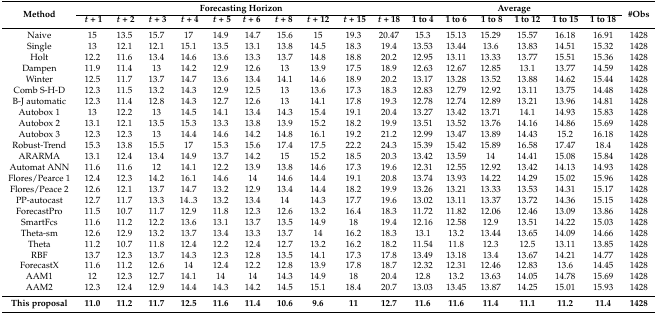
<table><thead><tr><td rowspan="2"><b>Method</b></td><td colspan="10"><b>Forecasting Horizon</b></td><td colspan="6"><b>Average</b></td><td rowspan="2"><b>#Obs</b></td></tr><tr><td><b><i>t</i> + 1</b></td><td><b><i>t</i> + 2</b></td><td><b><i>t</i> + 3</b></td><td><b><i>t</i> + 4</b></td><td><b><i>t</i> + 5</b></td><td><b><i>t</i> + 6</b></td><td><b><i>t</i> + 8</b></td><td><b><i>t</i> + 12</b></td><td><b><i>t</i> + 15</b></td><td><b><i>t</i> + 18</b></td><td><b>1 to 4</b></td><td><b>1 to 6</b></td><td><b>1 to 8</b></td><td><b>1 to 12</b></td><td><b>1 to 15</b></td><td><b>1 to 18</b></td></tr></thead><tbody><tr><td>Naive</td><td>15</td><td>13.5</td><td>15.7</td><td>17</td><td>14.9</td><td>14.7</td><td>15.6</td><td>15</td><td>19.3</td><td>20.47</td><td>15.3</td><td>15.13</td><td>15.29</td><td>15.57</td><td>16.18</td><td>16.91</td><td>1428</td></tr><tr><td>Single</td><td>13</td><td>12.1</td><td>12.1</td><td>15.1</td><td>13.5</td><td>13.1</td><td>13.8</td><td>14.5</td><td>18.3</td><td>19.4</td><td>13.53</td><td>13.44</td><td>13.6</td><td>13.83</td><td>14.51</td><td>15.32</td><td>1428</td></tr><tr><td>Holt</td><td>12.2</td><td>11.6</td><td>13.4</td><td>14.6</td><td>13.6</td><td>13.3</td><td>13.7</td><td>14.8</td><td>18.8</td><td>20.2</td><td>12.95</td><td>13.11</td><td>13.33</td><td>13.77</td><td>15.51</td><td>15.36</td><td>1428</td></tr><tr><td>Dampen</td><td>11.9</td><td>11.4</td><td>13</td><td>14.2</td><td>12.9</td><td>12.6</td><td>13</td><td>13.9</td><td>17.5</td><td>18.9</td><td>12.63</td><td>12.67</td><td>12.85</td><td>13.1</td><td>13.77</td><td>14.59</td><td>1428</td></tr><tr><td>Winter</td><td>12.5</td><td>11.7</td><td>13.7</td><td>14.7</td><td>13.6</td><td>13.4</td><td>14.1</td><td>14.6</td><td>18.9</td><td>20.2</td><td>13.17</td><td>13.28</td><td>13.52</td><td>13.88</td><td>14.62</td><td>15.44</td><td>1428</td></tr><tr><td>Comb S-H-D</td><td>12.3</td><td>11.5</td><td>13.2</td><td>14.3</td><td>12.9</td><td>12.5</td><td>13</td><td>13.6</td><td>17.3</td><td>18.3</td><td>12.83</td><td>12.79</td><td>12.92</td><td>13.11</td><td>13.75</td><td>14.48</td><td>1428</td></tr><tr><td>B-J automatic</td><td>12.3</td><td>11.4</td><td>12.8</td><td>14.3</td><td>12.7</td><td>12.6</td><td>13</td><td>14.1</td><td>17.8</td><td>19.3</td><td>12.78</td><td>12.74</td><td>12.89</td><td>13.21</td><td>13.96</td><td>14.81</td><td>1428</td></tr><tr><td>Autobox 1</td><td>13</td><td>12.2</td><td>13</td><td>14.5</td><td>14.1</td><td>13.4</td><td>14.3</td><td>15.4</td><td>19.1</td><td>20.4</td><td>13.27</td><td>13.42</td><td>13.71</td><td>14.1</td><td>14.93</td><td>15.83</td><td>1428</td></tr><tr><td>Autobox 2</td><td>13.1</td><td>12.1</td><td>13.5</td><td>15.3</td><td>13.3</td><td>13.8</td><td>13.9</td><td>15.2</td><td>18.2</td><td>19.9</td><td>13.51</td><td>13.52</td><td>13.76</td><td>14.16</td><td>14.86</td><td>15.69</td><td>1428</td></tr><tr><td>Autobox 3</td><td>12.3</td><td>12.3</td><td>13</td><td>14.4</td><td>14.6</td><td>14.2</td><td>14.8</td><td>16.1</td><td>19.2</td><td>21.2</td><td>12.99</td><td>13.47</td><td>13.89</td><td>14.43</td><td>15.2</td><td>16.18</td><td>1428</td></tr><tr><td>Robust-Trend</td><td>15.3</td><td>13.8</td><td>15.5</td><td>17</td><td>15.3</td><td>15.6</td><td>17.4</td><td>17.5</td><td>22.2</td><td>24.3</td><td>15.39</td><td>15.42</td><td>15.89</td><td>16.58</td><td>17.47</td><td>18.4</td><td>1428</td></tr><tr><td>ARARMA</td><td>13.1</td><td>12.4</td><td>13.4</td><td>14.9</td><td>13.7</td><td>14.2</td><td>15</td><td>15.2</td><td>18.5</td><td>20.3</td><td>13.42</td><td>13.59</td><td>14</td><td>14.41</td><td>15.08</td><td>15.84</td><td>1428</td></tr><tr><td>Automat ANN</td><td>11.6</td><td>11.6</td><td>12</td><td>14.1</td><td>12.2</td><td>13.9</td><td>13.8</td><td>14.6</td><td>17.3</td><td>19.6</td><td>12.31</td><td>12.55</td><td>12.92</td><td>13.42</td><td>14.13</td><td>14.93</td><td>1428</td></tr><tr><td>Flores/Pearce 1</td><td>12.4</td><td>12.3</td><td>14.2</td><td>16.1</td><td>14.6</td><td>14</td><td>14.6</td><td>14.4</td><td>19.1</td><td>20.8</td><td>13.74</td><td>13.93</td><td>14.22</td><td>14.29</td><td>15.02</td><td>15.96</td><td>1428</td></tr><tr><td>Flores/Peace 2</td><td>12.6</td><td>12.1</td><td>13.7</td><td>14.7</td><td>13.2</td><td>12.9</td><td>13.4</td><td>14.4</td><td>18.2</td><td>19.9</td><td>13.26</td><td>13.21</td><td>13.33</td><td>13.53</td><td>14.31</td><td>15.17</td><td>1428</td></tr><tr><td>PP-autocast</td><td>12.7</td><td>11.7</td><td>13.3</td><td>14..3</td><td>13.2</td><td>13.4</td><td>14</td><td>14.3</td><td>17.7</td><td>19.6</td><td>13.02</td><td>13.11</td><td>13.37</td><td>13.72</td><td>14.36</td><td>15.15</td><td>1428</td></tr><tr><td>ForecastPro</td><td>11.5</td><td>10.7</td><td>11.7</td><td>12.9</td><td>11.8</td><td>12.3</td><td>12.6</td><td>13.2</td><td>16.4</td><td>18.3</td><td>11.72</td><td>11.82</td><td>12.06</td><td>12.46</td><td>13.09</td><td>13.86</td><td>1428</td></tr><tr><td>SmartFcs</td><td>11.6</td><td>11.2</td><td>12.2</td><td>13.6</td><td>13.1</td><td>13.7</td><td>13.5</td><td>14.9</td><td>18</td><td>19.4</td><td>12.16</td><td>12.58</td><td>12.9</td><td>13.51</td><td>14.22</td><td>15.03</td><td>1428</td></tr><tr><td>Theta-sm</td><td>12.6</td><td>12.9</td><td>13.2</td><td>13.7</td><td>13.4</td><td>13.3</td><td>13.7</td><td>14</td><td>16.2</td><td>18.3</td><td>13.1</td><td>13.2</td><td>13.44</td><td>13.65</td><td>14.09</td><td>14.66</td><td>1428</td></tr><tr><td>Theta</td><td>11.2</td><td>10.7</td><td>11.8</td><td>12.4</td><td>12.2</td><td>12.4</td><td>12.7</td><td>13.2</td><td>16.2</td><td>18.2</td><td>11.54</td><td>11.8</td><td>12.3</td><td>12.5</td><td>13.11</td><td>13.85</td><td>1428</td></tr><tr><td>RBF</td><td>13.7</td><td>12.3</td><td>13.7</td><td>14.3</td><td>12.3</td><td>12.8</td><td>13.5</td><td>14.1</td><td>17.3</td><td>17.8</td><td>13.49</td><td>13.18</td><td>13.4</td><td>13.67</td><td>14.21</td><td>14.77</td><td>1428</td></tr><tr><td>ForecastX</td><td>11.6</td><td>11.2</td><td>12.6</td><td>14</td><td>12.4</td><td>12.2</td><td>12.8</td><td>13.9</td><td>17.8</td><td>18.7</td><td>12.32</td><td>12.31</td><td>12.46</td><td>12.83</td><td>13.6</td><td>14.45</td><td>1428</td></tr><tr><td>AAM1</td><td>12</td><td>12.3</td><td>12.7</td><td>14.1</td><td>14</td><td>14</td><td>14.3</td><td>14.9</td><td>18</td><td>20.4</td><td>12.8</td><td>13.2</td><td>13.63</td><td>14.05</td><td>14.78</td><td>15.69</td><td>1428</td></tr><tr><td>AAM2</td><td>12.3</td><td>12.4</td><td>12.9</td><td>14.4</td><td>14.3</td><td>14.2</td><td>14.5</td><td>15.1</td><td>18.4</td><td>20.7</td><td>13.03</td><td>13.45</td><td>13.87</td><td>14.25</td><td>15.01</td><td>15.93</td><td>1428</td></tr><tr><td><b>This proposal</b></td><td><b>11.0</b></td><td><b>11.2</b></td><td><b>11.7</b></td><td><b>12.5</b></td><td><b>11.6</b></td><td><b>11.4</b></td><td><b>10.6</b></td><td><b>9.6</b></td><td><b>11</b></td><td><b>12.7</b></td><td><b>11.6</b></td><td><b>11.6</b></td><td><b>11.4</b></td><td><b>11.1</b></td><td><b>11.2</b></td><td><b>11.4</b></td><td><b>1428</b></td></tr></tbody></table>